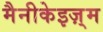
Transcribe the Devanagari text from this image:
मैनीकेइज़्म